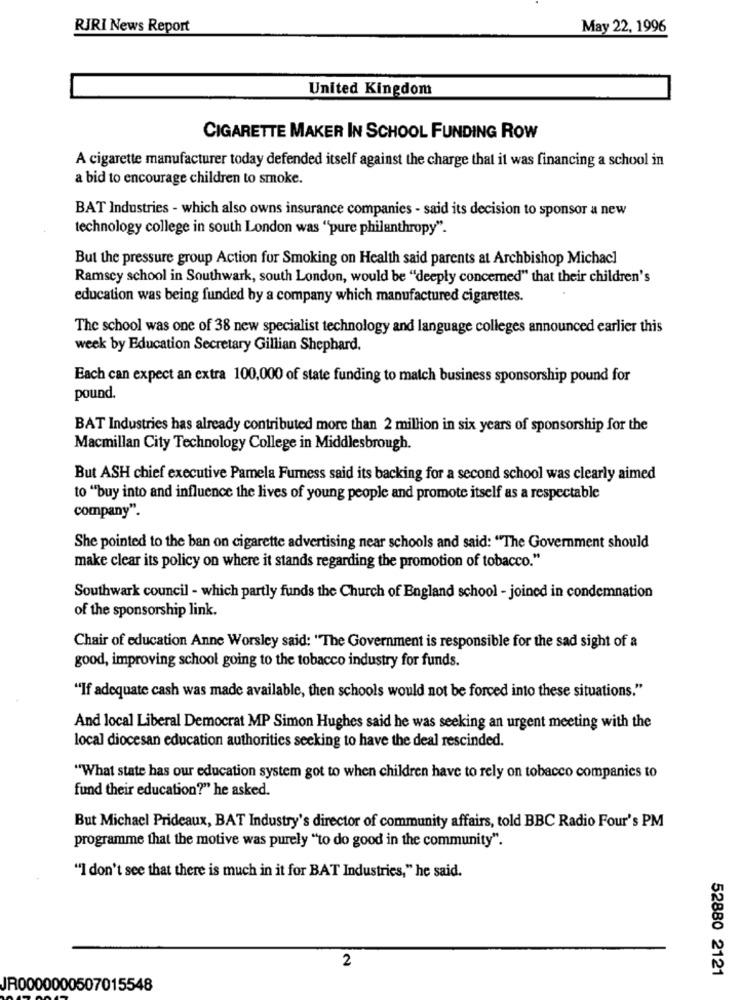
RJRI News Report
May 22, 1996
United Kingdom
CIGARETTE MAKER IN SCHOOL FUNDING ROW
A cigarette manufacturer today defended itself against the charge that it was financing a school in
a bid to encourage children to smoke.
BAT Industries - which also owns insurance companies - said its decision to sponsor a new
technology college in south London was "pure philanthropy".
But the pressure group Action for Smoking on Health said parents at Archbishop Michacl
Ramsey school in Southwark, south London, would be "deeply concerned" that their children's
education was being funded by a company which manufactured cigarettes.
The school was one of 38 new specialist technology and language colleges announced earlier this
week by Education Secretary Gillian Shephard.
Each can expect an extra 100,000 of state funding to match business sponsorship pound for
pound.
BAT Industries has already contributed more than 2 million in six years of sponsorship for the
Macmillan City Technology College in Middlesbrough.
But ASH chief executive Pamela Furness said its backing for a second school was clearly aimed
to ""buy into and influence the lives of young people and promote itself as a respectable
company".
She pointed to the ban on cigarette advertising near schools and said: "The Government should
make clear its policy on where it stands regarding the promotion of tobacco."
Southwark council - which partly funds the Church of England school - joined in condemnation
of the sponsorship link.
Chair of education Anne Worsley said: "The Government is responsible for the sad sight of a
good, improving school going to the tobacco industry for funds.
"If adequate cash was made available, then schools would not be forced into these situations."
And local Liberal Democrat MP Simon Hughes said he was seeking an urgent meeting with the
local diocesan education authorities seeking to have the deal rescinded.
"What state has our education system got to when children have to rely on tobacco companies to
fund their education?" he asked.
But Michacl Prideaux, BAT Industry's director of community affairs, told BBC Radio Four's PM
programme that the motive was purely "to do good in the community".
"I don't see that there is much in it for BAT Industries," he said.
2
52880 2121
JR0000000507015548